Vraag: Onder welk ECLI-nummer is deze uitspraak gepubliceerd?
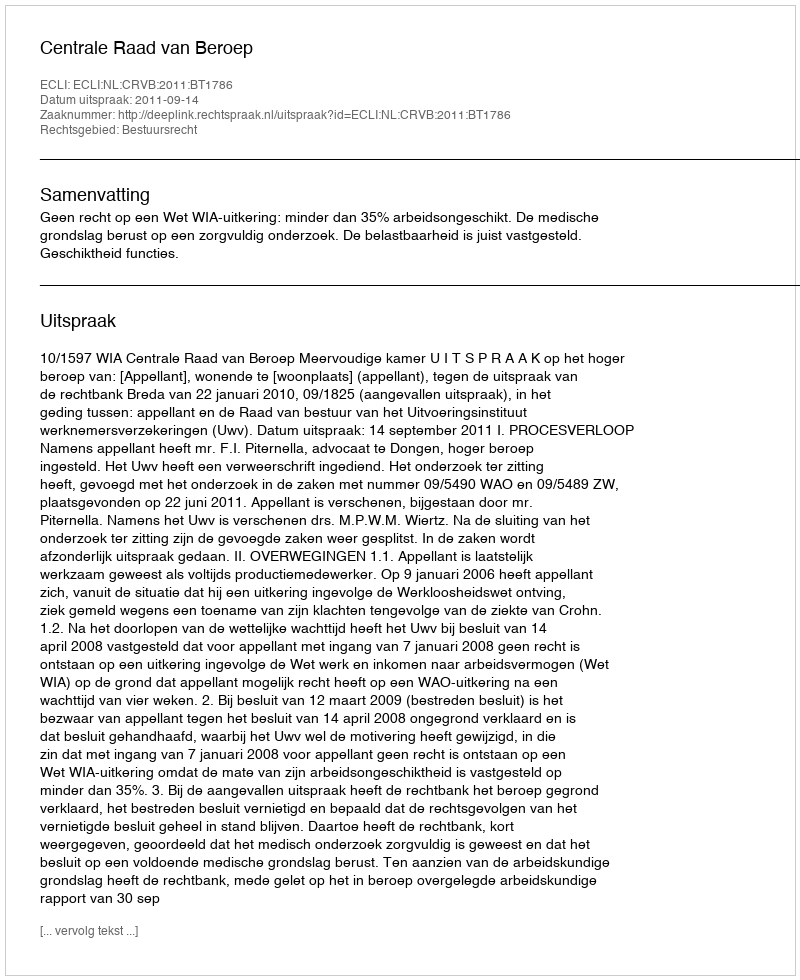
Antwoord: ECLI:NL:CRVB:2011:BT1786